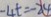
- 4 t = - 2 4